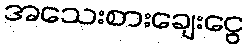
အသေးစားချေးငွေ